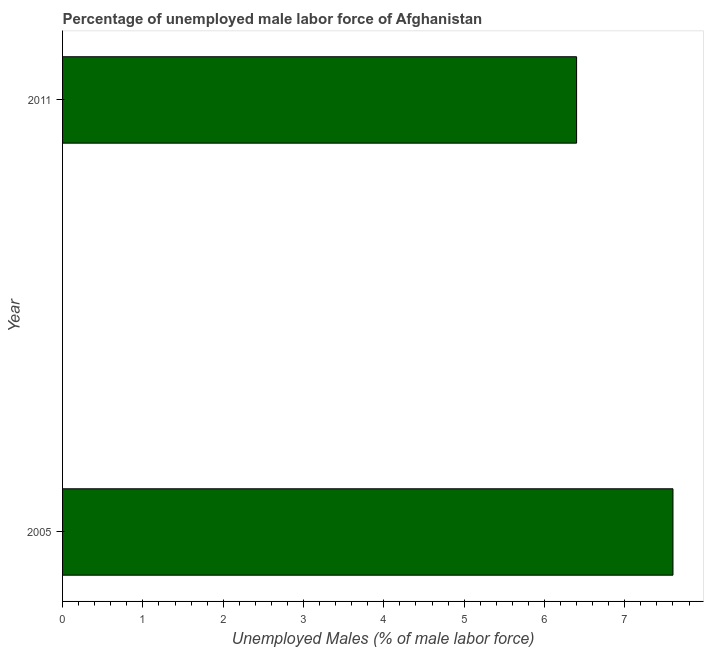
| Year | Unemployment male |
 | --- | --- |
 | 2005 | 7.6 |
 | 2011 | 6.4 |